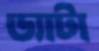
ড্যাটা